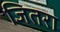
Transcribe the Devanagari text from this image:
जितरा